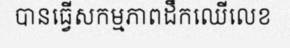
បានធ្វើសកម្មភាពដឹកឈើលេខ